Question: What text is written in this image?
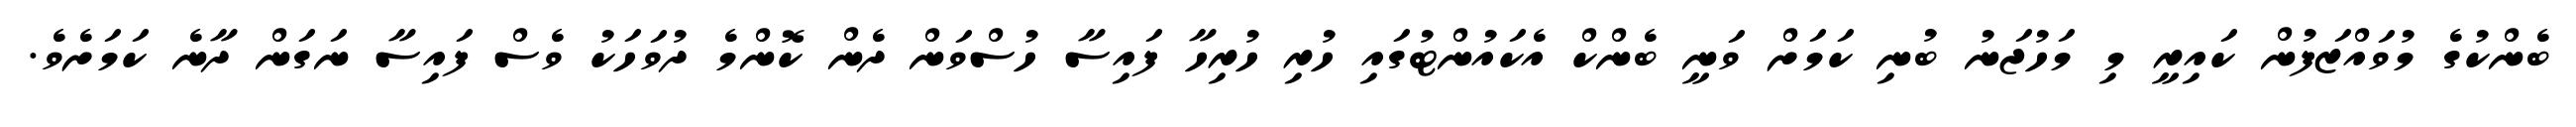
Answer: ބެންކުގެ މުވައްޒަފުން ކައިރީ މި މަހުޖަނު ބުނި ކަމަށް ވަނީ ބެންކް އެކައުންޓުގައި ހުރި ހުރިހާ ފައިސާ ހުސްވަން ދެން ކޮންމެ ދުވަހަކު ވެސް ފައިސާ ނަގަން ދާނެ ކަމަށެވެ.